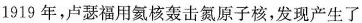
1919年，卢瑟福用氦核轰击氮原子核，发现产生了